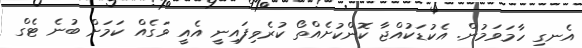
އެނގި ހާމަވަމުން. އެކުޑަކުއްޖާ ކޮންކުށެއްތޯ ކުރެވިފައިނީ އެއީ ވަގެއް ކަމަށް ބުނެ ޓެގް